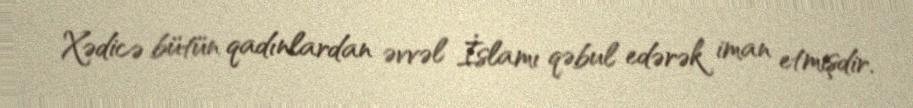
Xədicə bütün qadınlardan əvvəl İslamı qəbul edərək iman etmişdir.